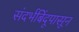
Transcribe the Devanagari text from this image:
संदर्भबिंदूपासून